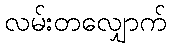
လမ်းတလျှောက်